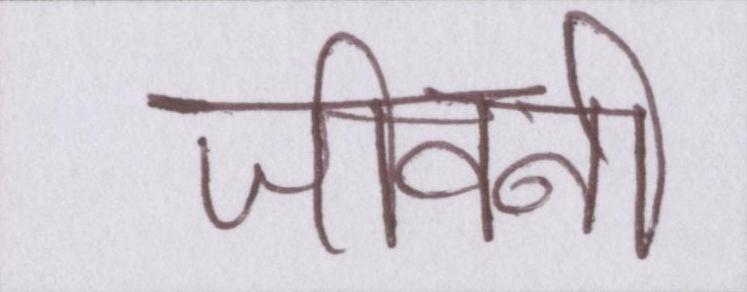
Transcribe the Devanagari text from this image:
जीवनी